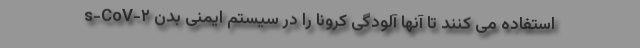
s-CoV-۲ استفاده می کنند تا آنها آلودگی کرونا را در سیستم ایمنی بدن